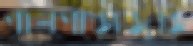
পালপাড়াজুড়ে